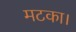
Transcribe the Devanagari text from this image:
मटका।